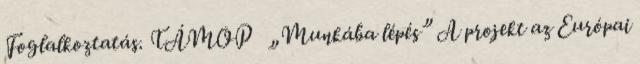
Foglalkoztatás. TÁMOP „Munkába lépés” A projekt az Európai